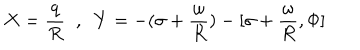
LaTeX: X = \frac { q } { R } \; \; , \; \; Y = - ( \sigma + \frac { \omega } { R } ) - [ \sigma + \frac { \omega } { R } , \Phi ]